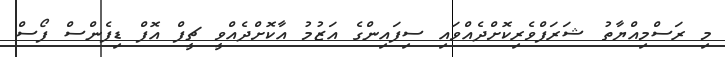
މި ރަސްމިއްޔާތު ޝަރަފްވެރިކޮށްދެއްވައި ސިފައިންގެ އަޒުމު އާކޮށްދެއްވީ ޗީފް އޮފް ޑިފެންސް ފޯސް